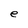
Character: e